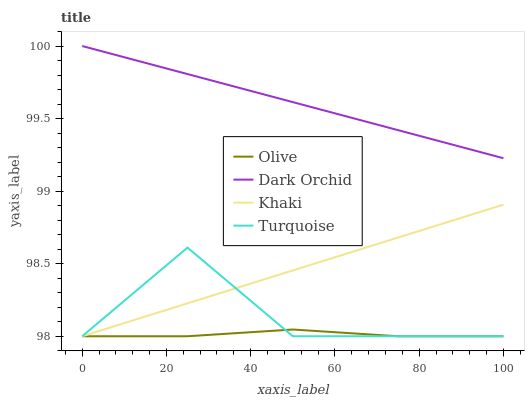
| xaxis_label | Olive | Dark Orchid | Khaki | Turquoise |
 | --- | --- | --- | --- | --- |
 | 0 | 98 | 100 | 98 | 98 |
 | 25 | 98 | 99.8 | 98.2 | 98.6 |
 | 50 | 98 | 99.6 | 98.5 | 98 |
 | 75 | 98 | 99.4 | 98.7 | 98 |
 | 100 | 98 | 99.2 | 98.9 | 98 |